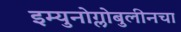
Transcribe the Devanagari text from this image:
इम्युनोग्लोबुलीनचा